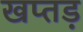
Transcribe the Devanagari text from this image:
खप्तड़